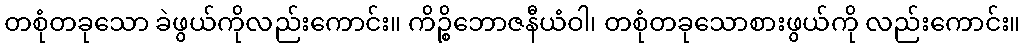
တစုံတခုသော ခဲဖွယ်ကိုလည်းကောင်း။ ကိဉ္စိဘောဇနီယံဝါ၊ တစုံတခုသောစားဖွယ်ကို လည်းကောင်း။